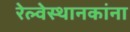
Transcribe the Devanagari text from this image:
रेल्वेस्थानकांना